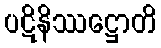
ပဋိနိဿဋ္ဌောတိ